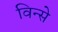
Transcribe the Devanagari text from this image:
विन्से